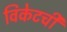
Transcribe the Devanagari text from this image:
विकेटची